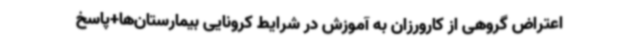
اعتراض گروهی از کارورزان به آموزش در شرایط کرونایی بیمارستان‌ها+پاسخ